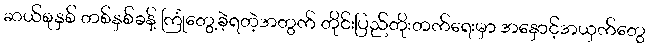
ဆယ်စုနှစ် တစ်နှစ်ခန့် ကြုံတွေ့ခဲ့ရတဲ့အတွက် တိုင်းပြည်တိုးတက်ရေးမှာ အနှောင့်အယှက်တွေ